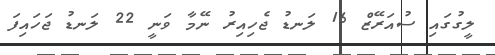
ލީގުގައި ސުއަރޭޒް 16 ލަނޑު ޖެހިއިރު ނޭމާ ވަނީ 22 ލަނޑު ޖަހައިފަ